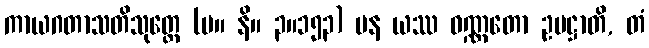
ကာယဂတာသတိသုတ္တေ (မ။ နိ။ ၃။၁၅၃) ပန ယဿ ဝဏ္ဏတော ဥပဋ္ဌာတိ, တံ